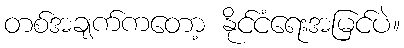
တစ်အချက်ကတော့ နိုင်ငံရေးအမြင်ပဲ။